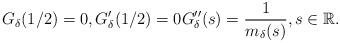
LaTeX: \begin{align*}G_\delta(1/2) = 0, G_\delta^\prime(1/2) = 0 G_\delta^{\prime\prime}(s) = \frac{1}{m_\delta(s)}, s\in\mathbb{R}. \end{align*}